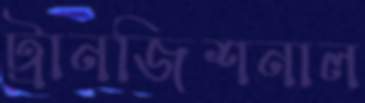
ট্রানজিশনাল